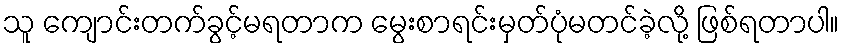
သူ ကျောင်းတက်ခွင့်မရတာက မွေးစာရင်းမှတ်ပုံမတင်ခဲ့လို့ ဖြစ်ရတာပါ။